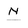
Character: N